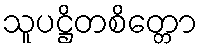
သူပဋ္ဌိတစိတ္တော